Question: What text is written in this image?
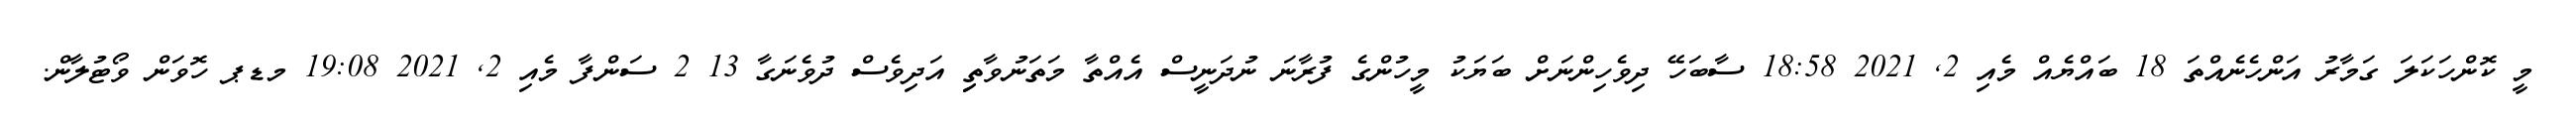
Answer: މީ ކޮންހަކަލަ ގަމާރު އަންހެނެއްތަ 18 ބައްޔެއް މެއި 2, 2021 18:58 ސާބަހޭ ދިވެހިންނަށް ބަޔަކު މީހުންގެ ފުރާނަ ނުދަނީސް އެއްތާ މަތަނުވާތިި އަދިވެސް ދުވެނަގާ 13 2 ސަންފާ މެއި 2, 2021 19:08 މޑޕ ހޮވަން ވޯޓުލާން.